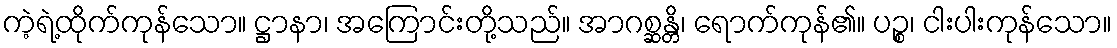
ကဲ့ရဲ့ထိုက်ကုန်သော။ ဋ္ဌာနာ၊ အကြောင်းတို့သည်။ အာဂစ္ဆန္တိ၊ ရောက်ကုန်၏။ ပဉ္စ၊ ငါးပါးကုန်သော။